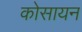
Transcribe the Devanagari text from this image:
कोसायन